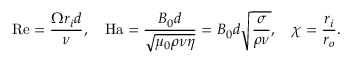
\mathrm { R e } = \frac { \Omega r _ { i } d } { \nu } , \quad \mathrm { H a } = \frac { B _ { 0 } d } { \sqrt { \mu _ { 0 } \rho \nu \eta } } = B _ { 0 } d \sqrt { \frac { \sigma } { \rho \nu } } , \quad \chi = \frac { r _ { i } } { r _ { o } } .